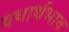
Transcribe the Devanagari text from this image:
यथार्थभाव